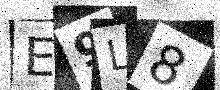
Text: E9L8